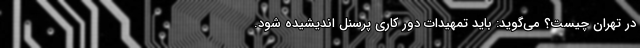
در تهران چیست؟ می‌گوید: باید تمهیدات دور کاری پرسنل اندیشیده شود.